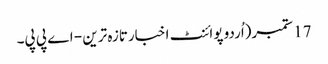
17 ستمبر(اُردو پوائنٹ اخبارتازہ ترین - اے پی پی۔